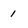
Character: 1